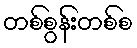
တစ်စွန်းတစ်စ